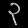
Digit: ၃